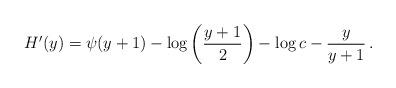
LaTeX: \begin{align*}H'(y) = \psi(y+1) - \log\left(\frac{y+1}{2}\right) - \log c - \frac{y}{y+1}\,.\end{align*}